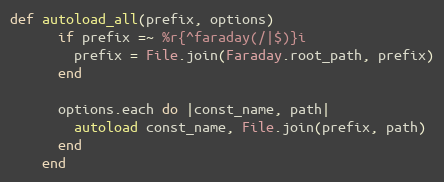
Language: Ruby
def autoload_all(prefix, options)
      if prefix =~ %r{^faraday(/|$)}i
        prefix = File.join(Faraday.root_path, prefix)
      end

      options.each do |const_name, path|
        autoload const_name, File.join(prefix, path)
      end
    end